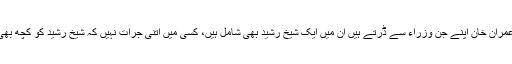
رؤف کلاسرا نے اصل کہانی بیان کر دی
لاہور( مانیٹرنگ ڈیسک) سینئر صحافی رؤف کلاسرا کا کہنا ہے کہ وزیر اعظم عمران خان اپنے جن وزراء سے ڈرتے ہیں ان میں ایک شیخ رشید بھی شامل ہیں، کسی میں اتنی جرات نہیں کہ شیخ رشید کو کچھ بھی کہہ سکیں، ورنہ جس طرح کی انکی حرکتیں ہیں انہیں کابینہ سے نکال دیا جانا
چاہیئے۔